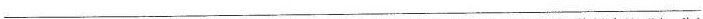
___